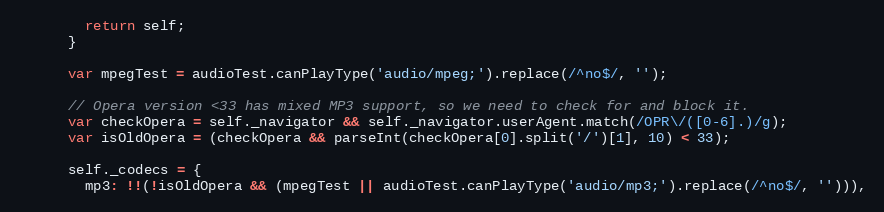
Language: JavaScript
        return self;
      }

      var mpegTest = audioTest.canPlayType('audio/mpeg;').replace(/^no$/, '');

      // Opera version <33 has mixed MP3 support, so we need to check for and block it.
      var checkOpera = self._navigator && self._navigator.userAgent.match(/OPR\/([0-6].)/g);
      var isOldOpera = (checkOpera && parseInt(checkOpera[0].split('/')[1], 10) < 33);

      self._codecs = {
        mp3: !!(!isOldOpera && (mpegTest || audioTest.canPlayType('audio/mp3;').replace(/^no$/, ''))),